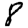
Digit: 8